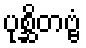
ပုစ္ဆိတဗ္ဗံ